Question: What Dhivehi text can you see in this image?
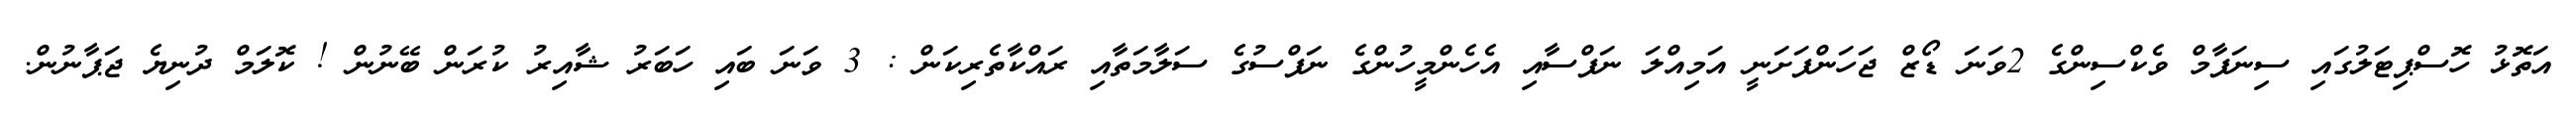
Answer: އަތޮޅު ހޮސްޕިޓަލުގައި ސިނަފާމް ވެކްސިންގެ 2ވަނަ ޑޯޒް ޖަހަންފަށަނީ އަމިއްލަ ނަފްސާއި އެހެންމީހުންގެ ނަފްސުގެ ސަލާމަތާއި ރައްކާތެރިކަން : 3 ވަނަ ބައި ހަބަރު ޝާއިރު ކުރަން ބޭނުން ! ކޮލަމް ދުނިޔެ ޖަޕާނުން.